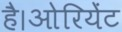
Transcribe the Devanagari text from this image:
है।ओरियेंट